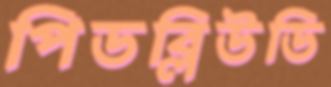
পিডব্লিউডি